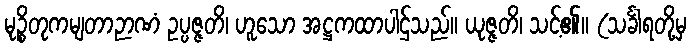
မုဉ္စိတုကမျတာဉာဏံ ဥပ္ပဇ္ဇတိ၊ ဟူသော အဋ္ဌကထာပါဌ်သည်။ ယုဇ္ဇတိ၊ သင့်၏။ (သင်္ခါရတို့မှ